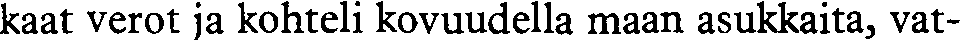
kaat verot ja kohteli kovuudella maan asukkaita, vat-